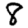
Digit: 8